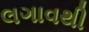
લગાવથી